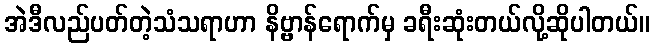
အဲဒီလည်ပတ်တဲ့သံသရာဟာ နိဗ္ဗာန်ရောက်မှ ခရီးဆုံးတယ်လို့ဆိုပါတယ်။